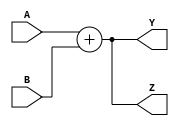
module test(input  [3:0] A, B,
            output [3:0] Y, Z);
assign Y = A + B, Z = B + A;
endmodule